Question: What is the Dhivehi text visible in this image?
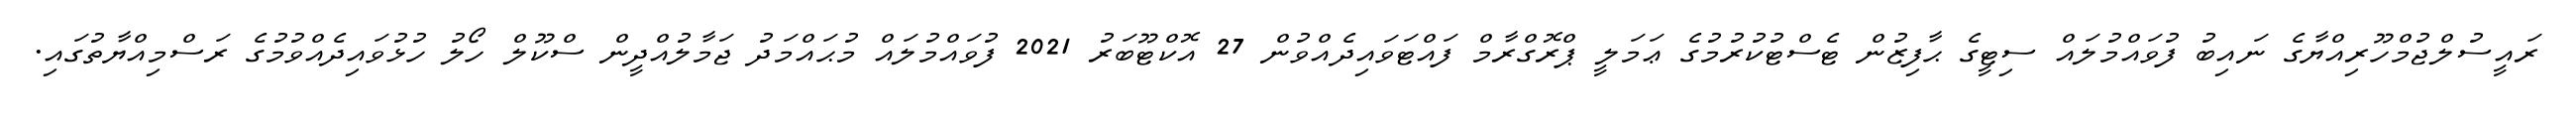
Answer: ރައީސުލްޖުމްހޫރިއްޔާގެ ނައިބު ފުވައްމުލައް ސިޓީގެ ޙާފިޒުން ޓެސްޓުކުރުމުގެ ޢަމަލީ ޕްރޮގްރާމް ފައްޓަވައިދެއްވުން 27 އޮކްޓޫބަރު 2021 ފުވައްމުލައް މުޙައްމަދު ޖަމާލުއްދީން ސްކޫލް ހޯލު ހުޅުވައިދެއްވުމުގެ ރަސްމިއްޔާތުގައި.